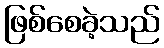
ဖြစ်စေခဲ့သည်